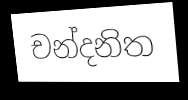
චන්දනිත